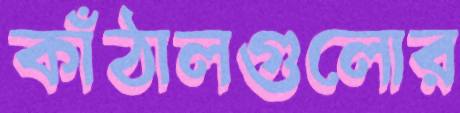
কাঁঠালগুলোর